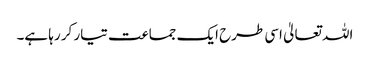
اللہ تعالیٰ اسی طرح ایک جماعت تیار کر رہا ہے۔